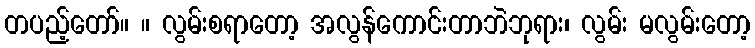
တပည့်တော်။ ။ လွမ်းစရာတော့ အလွန်ကောင်းတာဘဲဘုရား၊ လွမ်း မလွမ်းတော့